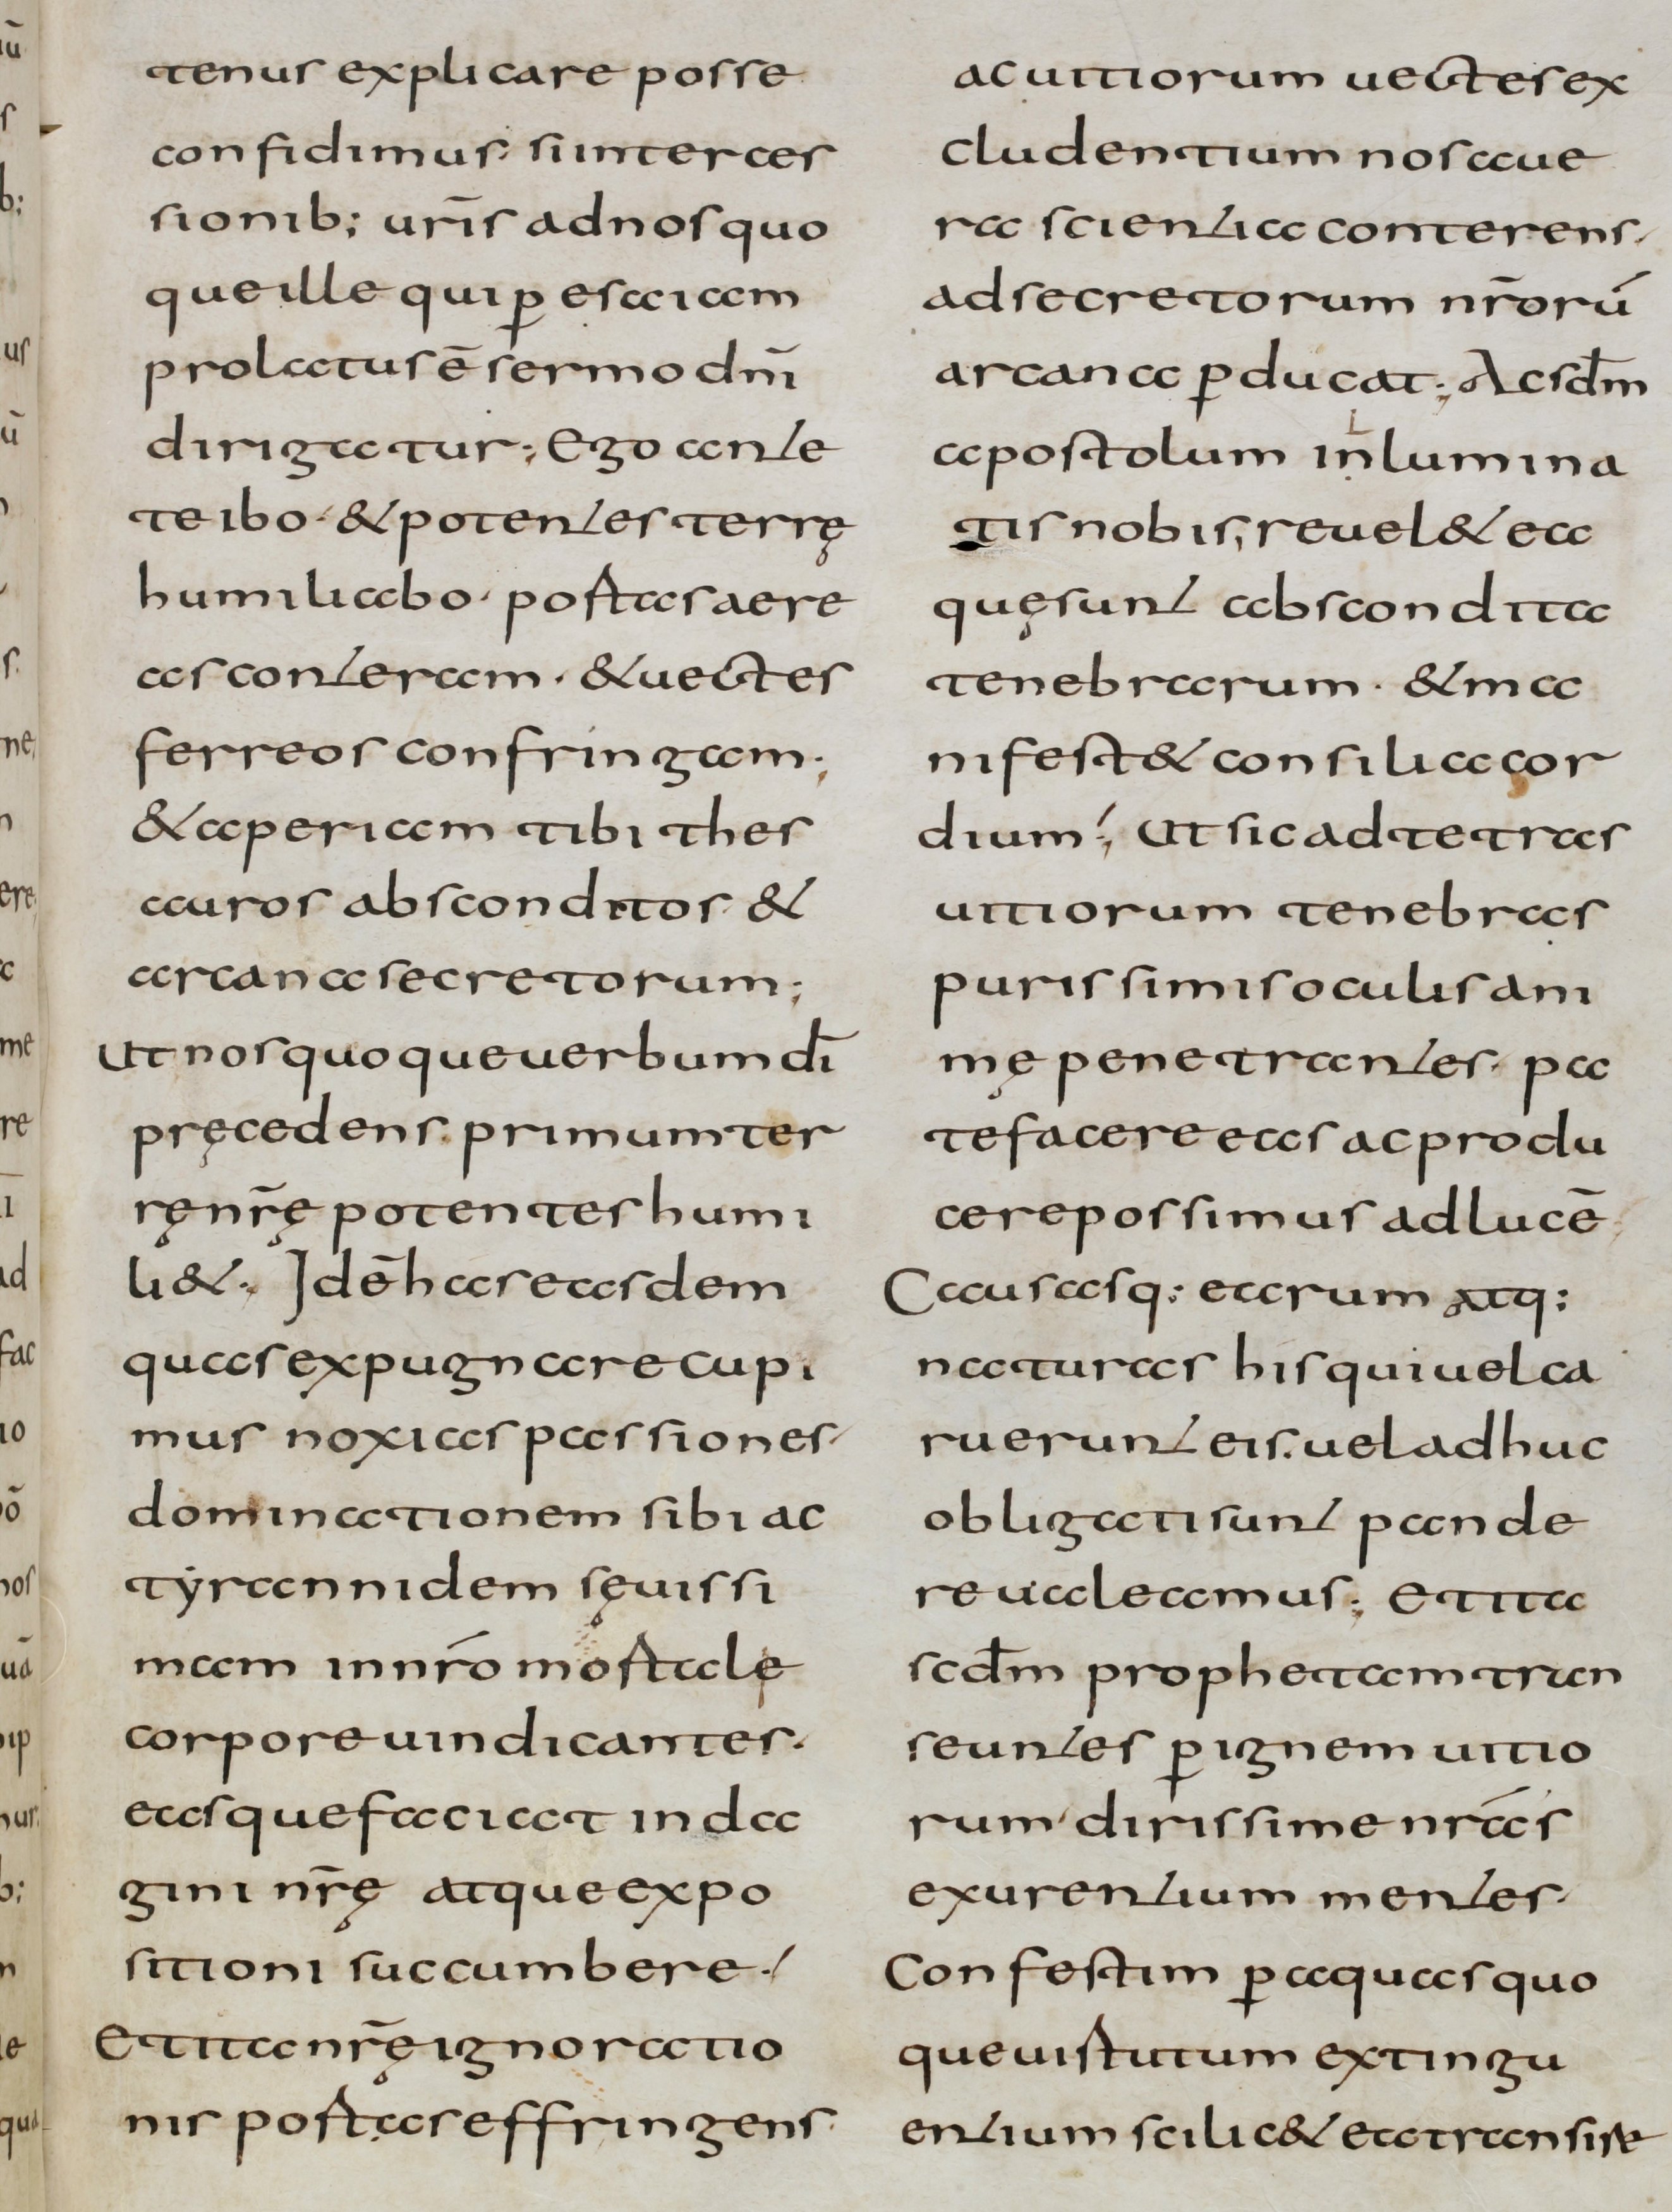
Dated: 800–832